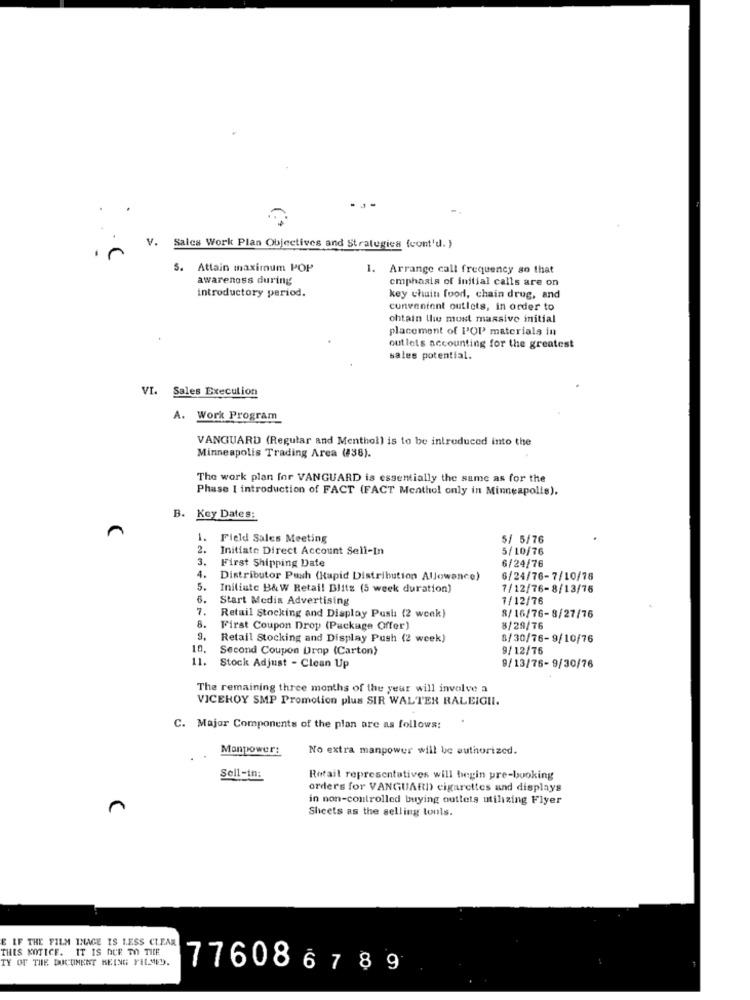
In
V. Sales Work Plan Objectives and Strategies (cont'd. }
5.
Attain maximum POP
1. Arrange call frequency so that
awareness during
cmphasia of initial calls are on
introductory period.
key chain food, chain drug, and
convenient outlets, in order to
ohtain the most massive initial
placement of POP materials in
outlets accounting for the greatest
sales potential.
VI. Sales Execution
A. Work Program
VANGUARD (Regular and Menthol) is to be introduced into the
Minneapolis Trading Area (138).
The work plan for VANGUARD is essentially the same as for the
Phase I introduction of FACT (FACT Menthol only in Minneapolis).
. Key Dates:
n
1.
Field Sales Meeting
5/ 5/76
2.
Initiate Direct Account Sell-In
5/10/76
3.
First Shipping Date
6/24/76
4.
Distributor Push (Rapid Distribution Allowance)
6/24/76-7/10/78
5.
Initiate B& W Retail Blitz (5 week duration)
7/12/76-8/13/75
6.
Start Media Advertising
1/12/76
7.
Retail Stocking and Display Push (2 week)
8/16/76-8/27/76
8.
First Coupon Drop (Package Offer)
8/29/76
9.
Retail Stocking and Display Push (2 week)
8/30/76-9/10/76
10.
Second Coupon Drop (Carton)
9/12/76
11.
Stock Adjust - Clean Up
9/13/76-9/30/76
The remaining three months of the year will involve a
VICEROY SMP Promotion plus SIR WALTER RALEIGHI.
C. Major Components of the plan are as follows:
Manpower:
No extra manpower will be authorized.
Sell-in:
Retail representatives will begin pre-booking
orders for VANGUARD cigarettes and displays
in non-controlled buying outlets utilizing Flyer
Sheets as the selling tools.
E IF THE FILM THAGE IS LESS CLEAR
THIS NOTICE. IT IS DCE TO TICE
TY OF THE DOCUMENT BEING FEL MED.
7760867 89